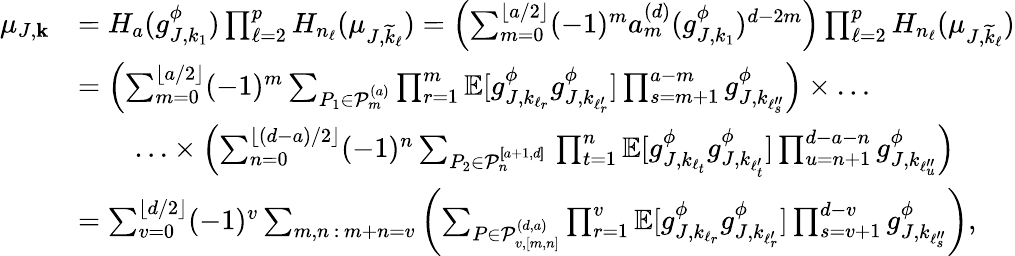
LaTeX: \begin{array}{rl}{\mu_{J,\mathbf{k}}}&{=H_{a}(g_{J,k_{1}}^{\phi})\prod_{\ell=2}^{p}H_{n_{\ell}}(\mu_{J,\widetilde{k}_{\ell}})=\left(\sum_{m=0}^{\lfloor a/2\rfloor}(-1)^{m}a_{m}^{(d)}(g_{J,k_{1}}^{\phi})^{d-2m}\right)\prod_{\ell=2}^{p}H_{n_{\ell}}(\mu_{J,\widetilde{k}_{\ell}})}\\ &{=\left(\sum_{m=0}^{\lfloor a/2\rfloor}(-1)^{m}\sum_{P_{1}\in\mathcal{P}_{m}^{(a)}}\prod_{r=1}^{m}\mathbb{E}[g_{J,k_{\ell_{r}}}^{\phi}g_{J,k_{\ell_{r}^{\prime}}}^{\phi}]\prod_{s=m+1}^{a-m}g_{J,k_{\ell_{s}^{\prime\prime}}}^{\phi}\right)\times\ldots}\\ &{\qquad\ldots\times\left(\sum_{n=0}^{\lfloor(d-a)/2\rfloor}(-1)^{n}\sum_{P_{2}\in\mathcal{P}_{n}^{[\! [a+1,d]\! ]}}\, \prod_{t=1}^{n}\mathbb{E}[g_{J,k_{\ell_{t}}}^{\phi}g_{J,k_{\ell_{t}^{\prime}}}^{\phi}]\prod_{u=n+1}^{d-a-n}g_{J,k_{\ell_{u}^{\prime\prime}}}^{\phi}\right)}\\ &{=\sum_{v=0}^{\lfloor d/2\rfloor}(-1)^{v}\sum_{m,n\, :\, m+n=v}\left(\sum_{P\in\mathcal{P}_{v,[m,n]}^{(d,a)}}\prod_{r=1}^{v}\mathbb{E}[g_{J,k_{\ell_{r}}}^{\phi}g_{J,k_{\ell_{r}^{\prime}}}^{\phi}]\prod_{s=v+1}^{d-v}g_{J,k_{\ell_{s}^{\prime\prime}}}^{\phi}\right),}\end{array}